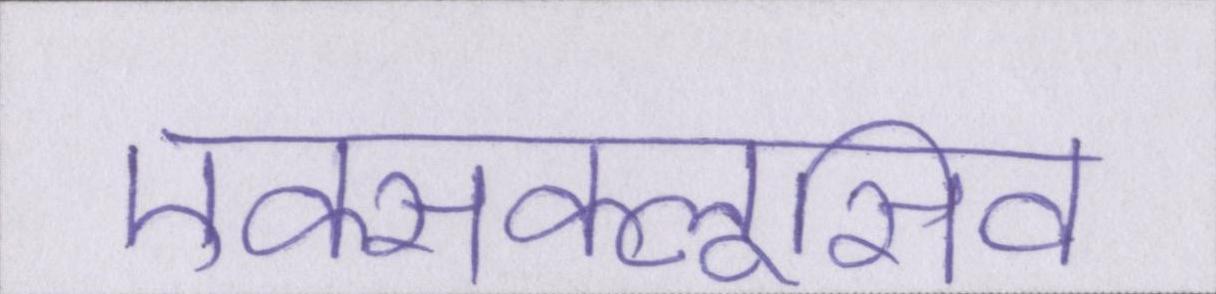
एक्सक्लूसिव